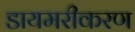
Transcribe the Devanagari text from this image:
डायमरीकरण